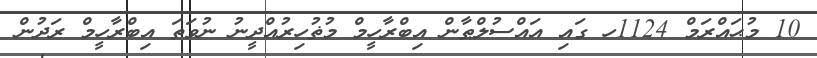
10 މުޙައްރަމް 1124ހ ގައި އައްސުލްޠާން އިބްރާހީމް މުޡުހިރުއްދީނު ނުވަތަ އިބްރާހީމް ރަދުން